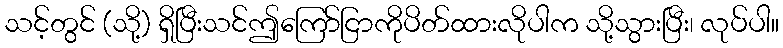
သင့်တွင် (သို့) ရှိပြီးသင်ဤကြော်ငြာကိုပိတ်ထားလိုပါက သို့သွားပြီး၊ လုပ်ပါ။